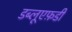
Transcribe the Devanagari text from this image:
डब्लूएफ़डी